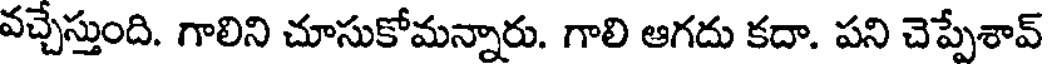
వచ్చేస్తుంది. గాలిని చూసుకోమన్నారు. గాలి ఆగదు కదా. పని చెప్పేశావ్